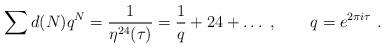
LaTeX: \begin{align*} \sum d(N) q^N = \frac{1}{\eta^{24}(\tau)} =\frac{1}{q}+24 + \dots\ ,\qquad q=e^{2\pi i \tau}\ .\end{align*}